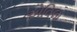
એવિલા